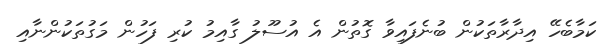
ކަމާބެހޭ އިދާރާތަކުން ބުނެފައިވާ ގޮތުން އެ އުސޫލު ގާއިމު ކުރި ފަހުން މަގުތަކުންނާއި